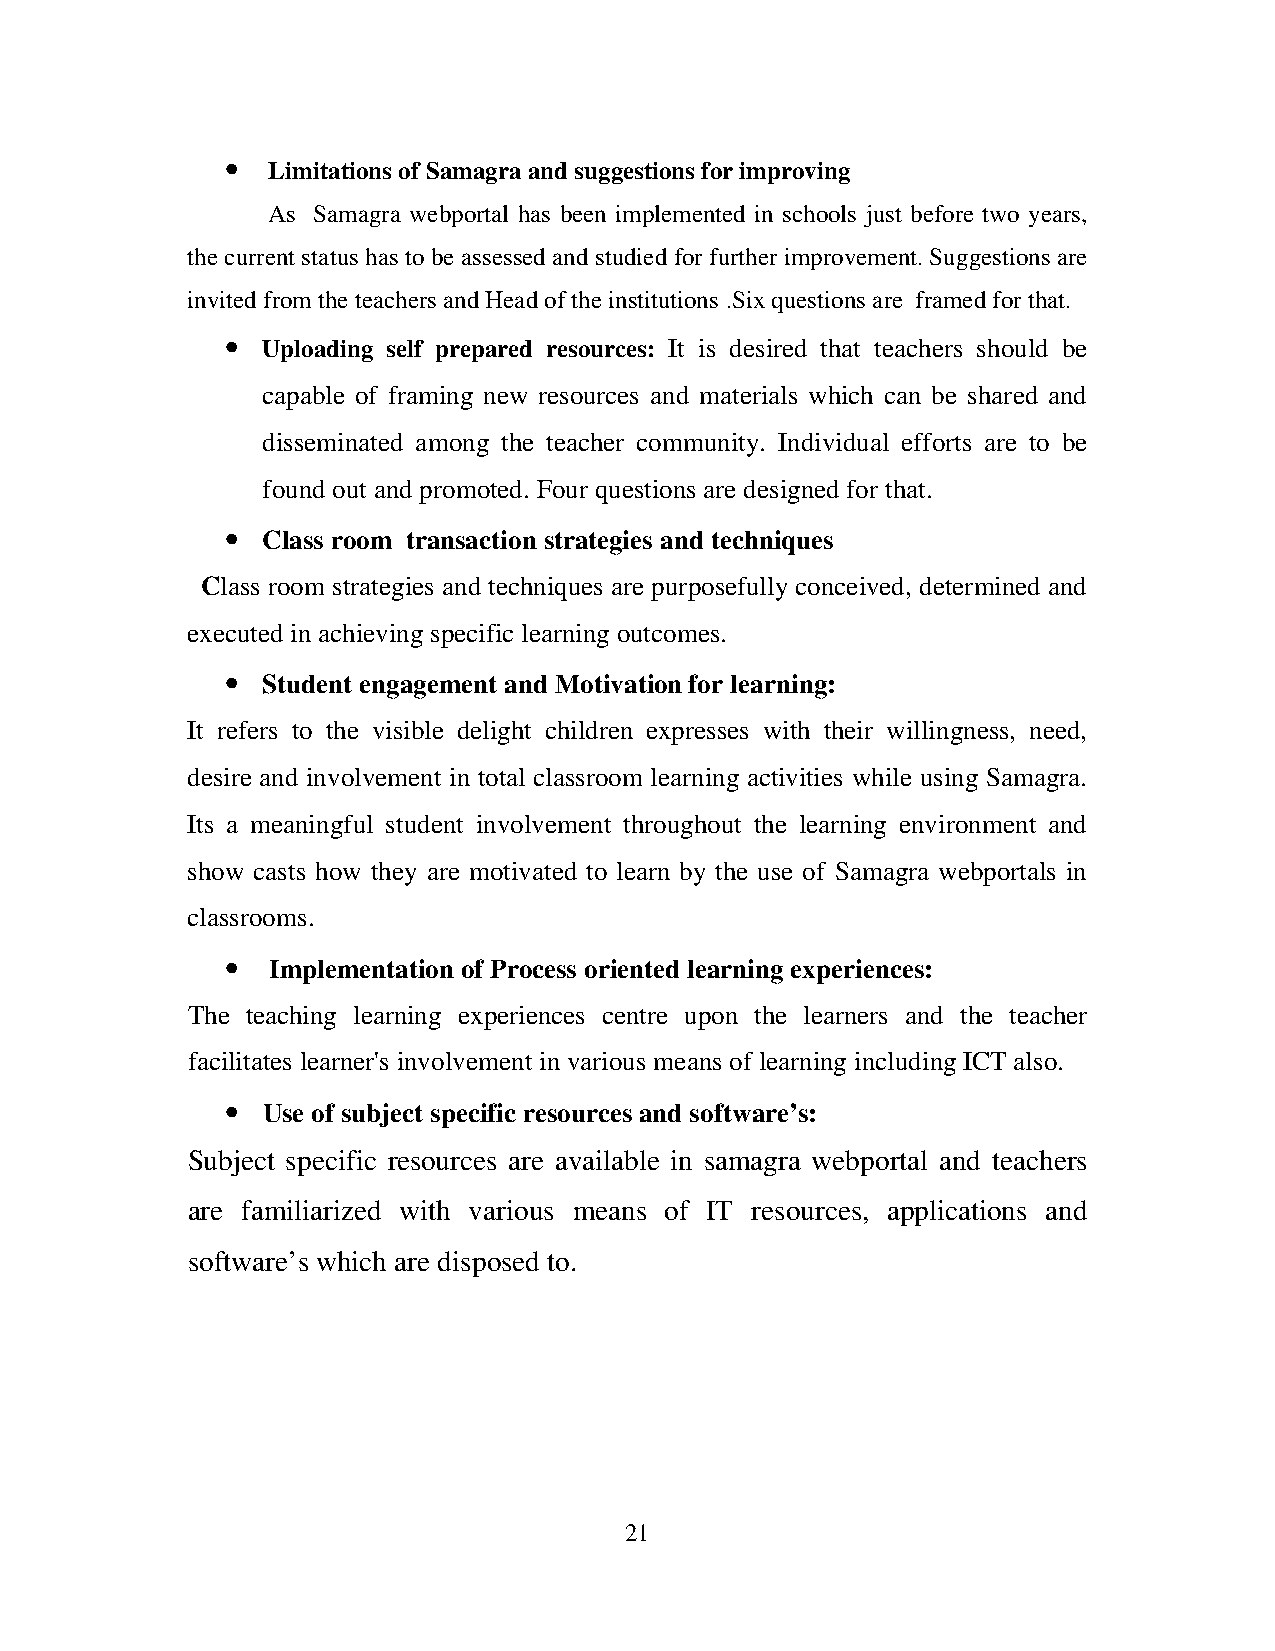
•
 Limitations of Samagra and suggestions for improving
 As Samagra webportal has been implemented in schools just before two years,
 the current status has to be assessed and studied for further improvement. Suggestions are
 invited from the teachers and Head of the institutions .Six questions are framed for that.
 •
 Uploading self prepared resources: It is desired that teachers should be
 capable of framing new resources and materials which can be shared and
 disseminated among the teacher community. Individual efforts are to be
 found out and promoted. Four questions are designed for that.
 •
 Class room transaction strategies and techniques
 Class room strategies and techniques are purposefully conceived, determined and
 executed in achieving specific learning outcomes.
 •
 Student engagement and Motivation for learning:
 It refers to the visible delight children expresses with their willingness, need,
 desire and involvement in total classroom learning activities while using Samagra.
 Its a meaningful student involvement throughout the learning environment and
 show casts how they are motivated to learn by the use of Samagra webportals in
 classrooms.
 •
 Implementation of Process oriented learning experiences:
 The teaching learning experiences centre upon the learners and the teacher
 facilitates learner's involvement in various means of learning including ICT also.
 •
 Use of subject specific resources and software’s:
 Subject specific resources are available in samagra webportal and teachers
 are familiarized with various means of IT resources, applications and
 software’s which are disposed to.
 21